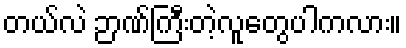
တယ်လဲ ဉာဏ်ကြီးတဲ့လူတွေပါကလား။